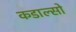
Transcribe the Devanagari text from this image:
कडाल्सो